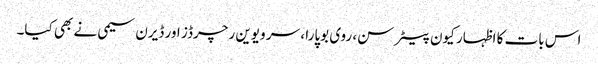
اس بات کا اظہار کیون پیٹرسن، روی بوپارا ، سر ویوین رچرڈز اور ڈیرن سیمی نے بھی کیا۔